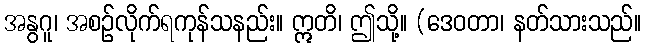
အနွဂူ၊ အစဉ်လိုက်ရကုန်သနည်း။ ဣတိ၊ ဤသို့။ (ဒေဝတာ၊ နတ်သားသည်။